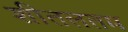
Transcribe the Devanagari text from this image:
शीतलतम